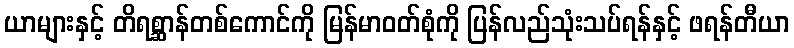
ယာများနှင့် တိရစ္ဆာန်တစ်ကောင်ကို မြန်မာဝတ်စုံကို ပြန်လည်သုံးသပ်ရန်နှင့် ဖရန်တီယာ